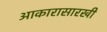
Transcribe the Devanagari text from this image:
आकारासारखी